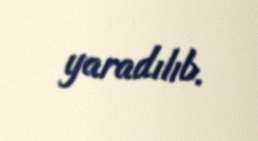
yaradılıb.